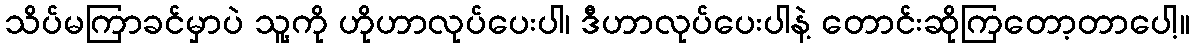
သိပ်မကြာခင်မှာပဲ သူ့ကို ဟိုဟာလုပ်ပေးပါ၊ ဒီဟာလုပ်ပေးပါနဲ့ တောင်းဆိုကြတော့တာပေါ့။